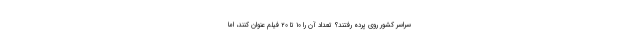
سراسر کشور روی پرده رفتند؟ تعداد آن را ۱۰ تا ۲۰ فیلم عنوان کنند، اما